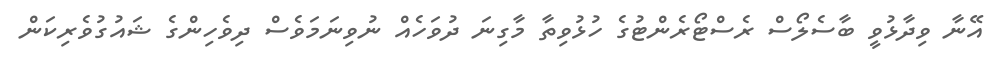
އޭނާ ވިދާޅުވީ ބާސެލޯސް ރެސްޓޯރެންޓުގެ ހުޅުވިތާ މާގިނަ ދުވަހެއް ނުވިނަމަވެސް ދިވެހިންގެ ޝައުގުވެރިކަން